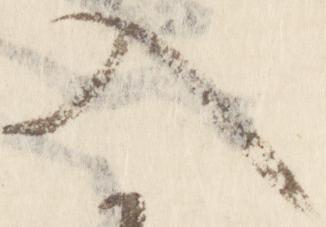
入